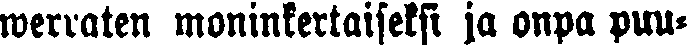
werraten moninkertaiseksi ja onpa puu-